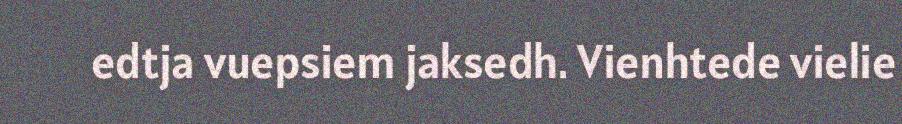
edtja vuepsiem jaksedh. Vienhtede vielie